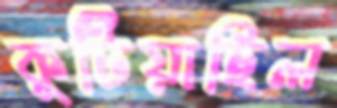
কুটিয়াছিল